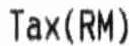
TAX (RM)